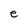
Character: e